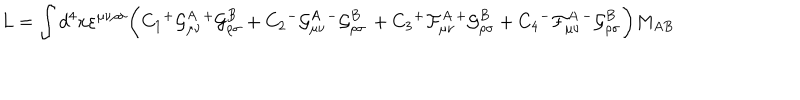
L = \int d ^ { 4 } x \varepsilon ^ { \mu \nu \rho \sigma } \bigg ( C _ { 1 } { ^ + } { \cal G } _ { \mu \nu } ^ { A } { ^ + } { \cal G } _ { \rho \sigma } ^ { B } + C _ { 2 } { ^ - } { \cal G } _ { \mu \nu } ^ { A } { ^ - } { \cal G } _ { \rho \sigma } ^ { B } \, + C _ { 3 } { ^ + } { \cal F } _ { \mu \nu } ^ { A } { ^ + } { \cal G } _ { \rho \sigma } ^ { B } + C _ { 4 } { ^ - } { \cal F } _ { \mu \nu } ^ { A } { ^ - } { \cal G } _ { \rho \sigma } ^ { B } \bigg ) M _ { A B }